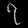
Digit: ၇